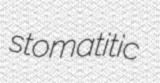
stomatitic